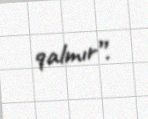
qalmır”.